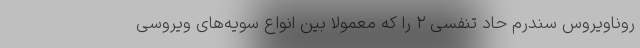
روناویروس سندرم حاد تنفسی ۲ را که معمولا بین انواع سویه‌های ویروسی